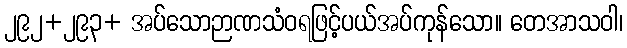
၂၉၂+၂၉၃+ အပ်သောဉာဏသံဝရဖြင့်ပယ်အပ်ကုန်သော။ တေအာသဝါ၊